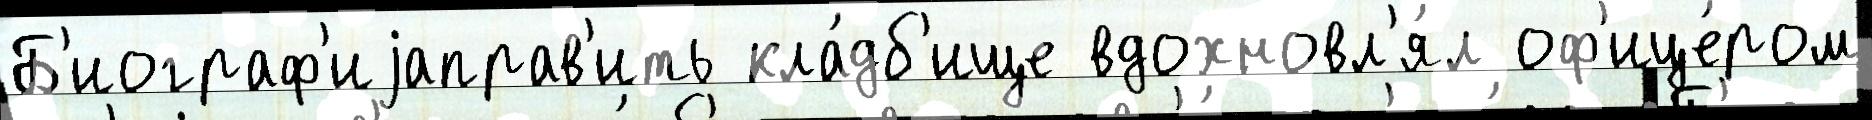
Б'иограф'иjаправ'ить кла́дб'ище вдохновл'я́л оф'ице́ром